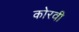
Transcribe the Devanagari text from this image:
कोरवी